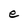
Character: e